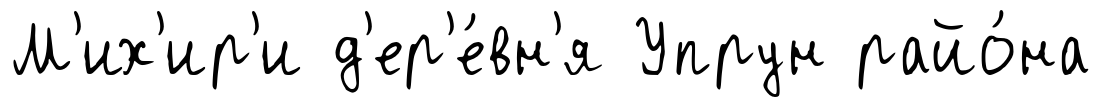
М'их'ир'и д'ер'е́вн'я Упрун райо́на